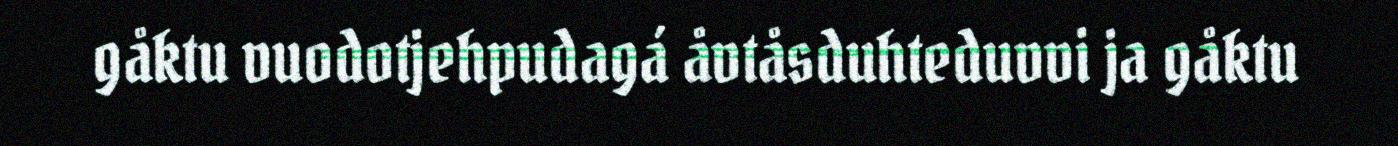
gåktu vuodotjehpudagá åvtåsduhteduvvi ja gåktu